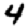
Digit: 4